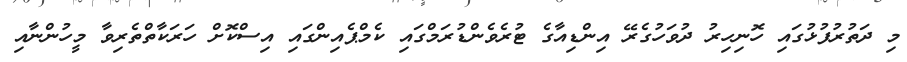
މި ދަތުރުފުޅުގައި ހޮނިހިރު ދުވަހުގެރޭ އިންޑިއާގެ ޓުރެވެންޑުރަމްގައި ކެމްޕެއިންގައި އިސްކޮށް ހަރަކާތްތެރިވާ މީހުންނާއި